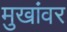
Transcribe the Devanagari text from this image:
मुखांवर